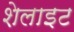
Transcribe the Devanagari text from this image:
शेलाइट